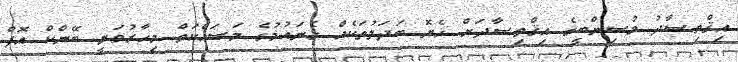
އިޤްތިޞާދު މުސިންބީގެ އިޤްތިޞާދަށް ހެޔޮ ބަދަލުތަކެއް ގެނައުމުގެ މަސައްކަތް މިހާރުވަނީ ބޭންކް އޮފް